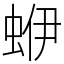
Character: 蛜